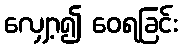
လျှော့၍ ဝေရခြင်း